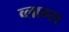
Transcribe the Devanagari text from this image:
व्लाम्स